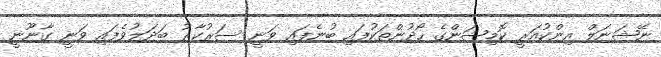
ނޭޝަނަލް އިންކުއަރީ ކޮމިޝަންގެ ހޯދުންތަކުފައި ބުނެފައި ވަނީ ސަރުކާރު ބަދަލުވެފައި ވަނީ ގާނޫނީ